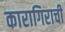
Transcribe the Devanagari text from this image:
कारागिराची